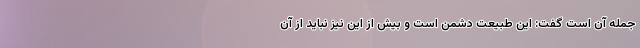
جمله آن است گفت: این طبیعت دشمن است و بیش از این نیز نباید از آن